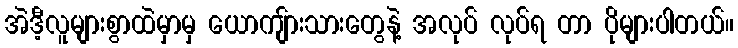
အဲဒီ့လူများစွာထဲမှာမှ ယောကျ်ားသားတွေနဲ့ အလုပ် လုပ်ရ တာ ပိုများပါတယ်။